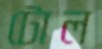
টোল